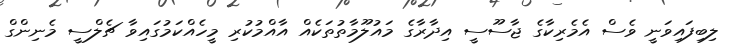
ލިބިފައިވަނީ ވެސް އެމެރިކާގެ ޖާސޫސީ އިދާރާގެ މައުލޫމާތުތަކެއް އާއްމުކުރި މީހެއްކަމުގައިވާ ޗެލްސީ މެނިންގް